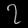
Digit: ၇